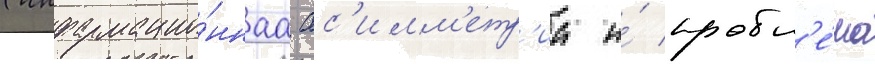
(информацио́ннаа ас'имм'етр'иа и́ пробл'е́ма